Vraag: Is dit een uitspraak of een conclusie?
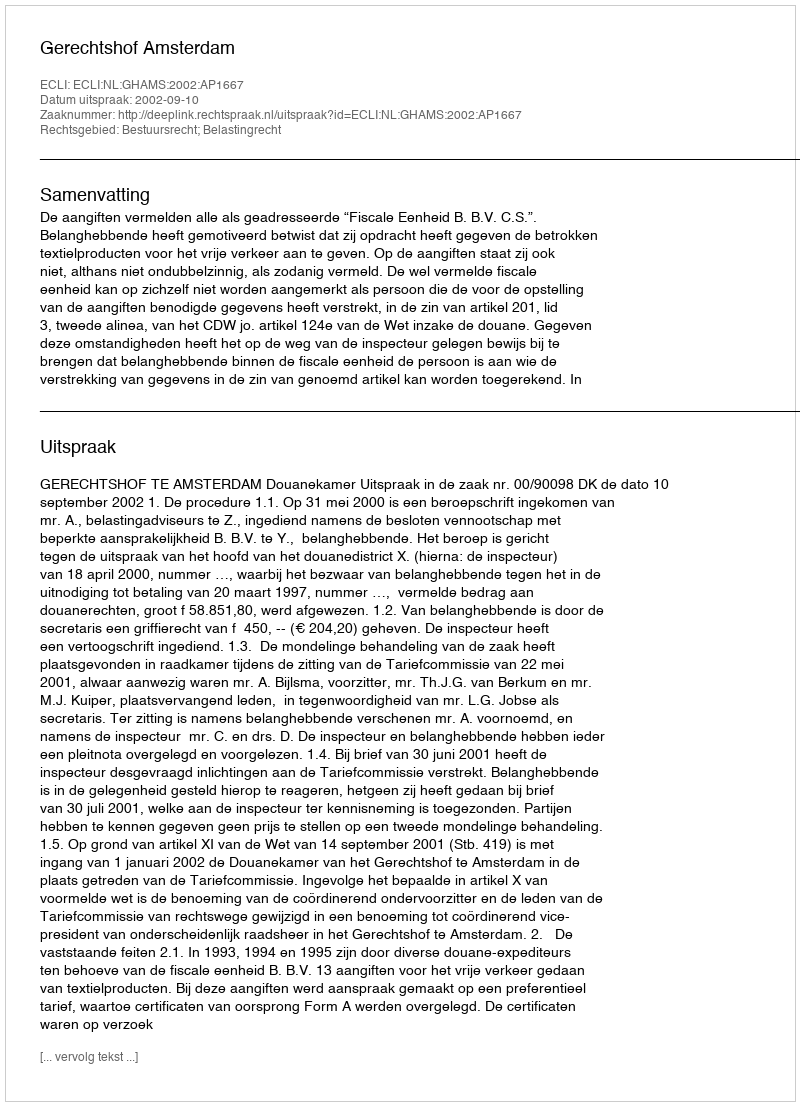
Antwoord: Uitspraak